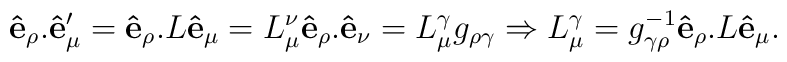
{\bf\hat{e}_{\rho}.\hat{e}'_{\mu}}={\bf\hat{e}_{\rho}.}L{\bf\hat{e}_{\mu}}=L^{\nu}_{\mu}{\bf\hat{e}_{\rho}.\hat{e}_{\nu}}=L^{\gamma}_{\mu}g_{\rho\gamma}\Rightarrow{L}^{\gamma}_{\mu}=g^{-1}_{\gamma\rho}{\bf\hat{e}_{\rho}.}L{\bf\hat{e}_{\mu}}.